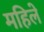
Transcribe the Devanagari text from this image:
महिले